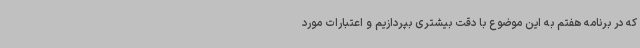
که در برنامه هفتم به این موضوع با دقت بیشتری بپردازیم و اعتبارات مورد